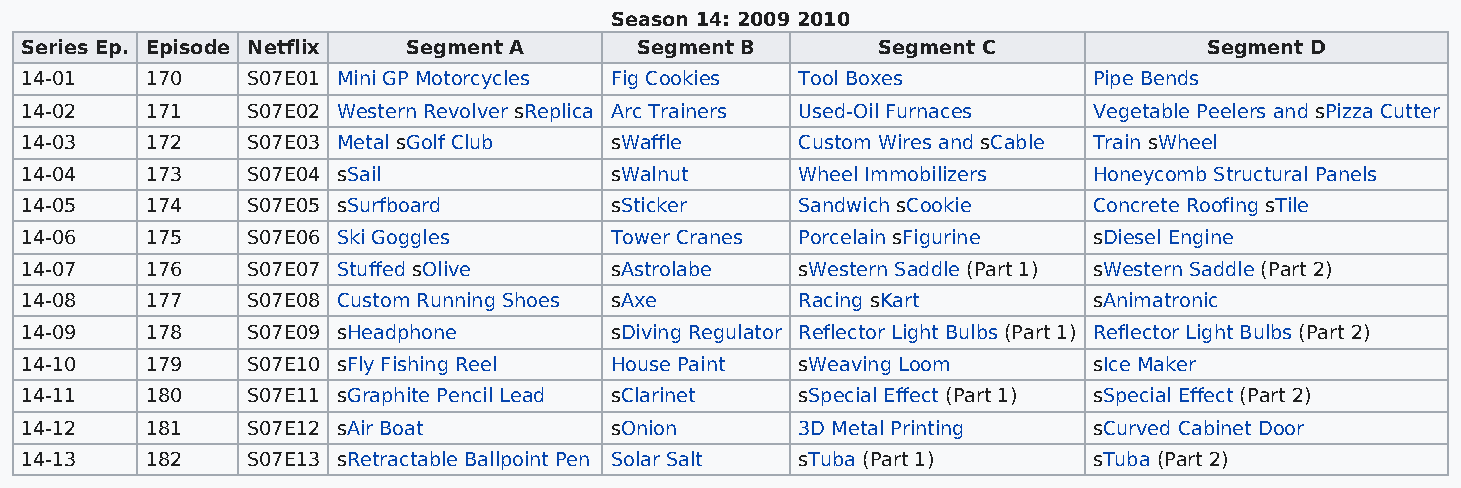
Season 14: 2009 2010
 Series Ep. Episode Netflix Segment A     Segment B       Segment C             Segment D
 14-01    170   S07E01 Mini GP Motorcycles Fig Cookies Tool Boxes       Pipe Bends
 14-02    171   S07E02 Western Revolver sReplica Arc Trainers Used-Oil Furnaces Vegetable Peelers and sPizza Cutter
 14-03    172   S07E03 Metal sGolf Club sWaffle      Custom Wires and sCable Train sWheel
 14-04    173   S07E04 sSail            sWalnut      Wheel Immobilizers Honeycomb Structural Panels
 14-05    174   S07E05 sSurfboard       sSticker     Sandwich sCookie   Concrete Roofing sTile
 14-06    175   S07E06 Ski Goggles      Tower Cranes Porcelain sFigurine sDiesel Engine
 14-07    176   S07E07 Stuffed sOlive   sAstrolabe   sWestern Saddle (Part 1) sWestern Saddle (Part 2)
 14-08    177   S07E08 Custom Running Shoes sAxe     Racing sKart       sAnimatronic
 14-09    178   S07E09 sHeadphone       sDiving Regulator Reflector Light Bulbs (Part 1) Reflector Light Bulbs (Part 2)
 14-10    179   S07E10 sFly Fishing Reel House Paint sWeaving Loom      sIce Maker
 14-11    180   S07E11 sGraphite Pencil Lead sClarinet sSpecial Effect (Part 1) sSpecial Effect (Part 2)
 14-12    181   S07E12 sAir Boat        sOnion       3D Metal Printing  sCurved Cabinet Door
 14-13    182   S07E13 sRetractable Ballpoint Pen Solar Salt sTuba (Part 1) sTuba (Part 2)